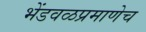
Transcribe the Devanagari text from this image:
भेंडवळप्रमाणेच